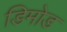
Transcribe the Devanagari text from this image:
डिमोड